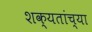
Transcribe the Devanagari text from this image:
शक्यतांच्या